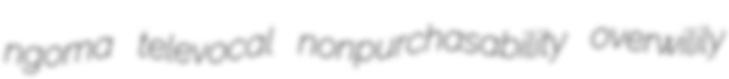
ngoma televocal nonpurchasability overwilily